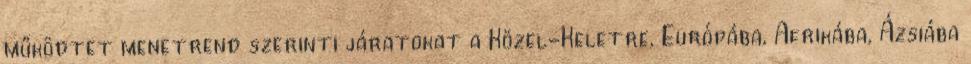
működtet menetrend szerinti járatokat a Közel-Keletre, Európába, Afrikába, Ázsiába